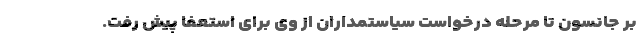
بر جانسون تا مرحله درخواست سیاستمداران از وی برای استعفا پیش رفت.